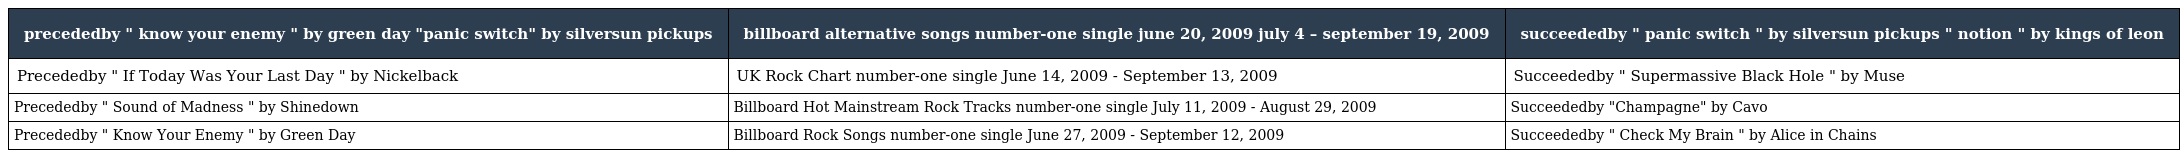
| precededby " know your enemy " by green day "panic switch" by silversun pickups | billboard alternative songs number-one single june 20, 2009 july 4 – september 19, 2009 | succeededby " panic switch " by silversun pickups " notion " by kings of leon |
 | --- | --- | --- |
 | Precededby " If Today Was Your Last Day " by Nickelback | UK Rock Chart number-one single June 14, 2009 - September 13, 2009 | Succeededby " Supermassive Black Hole " by Muse |
 | Precededby " Sound of Madness " by Shinedown | Billboard Hot Mainstream Rock Tracks number-one single July 11, 2009 - August 29, 2009 | Succeededby "Champagne" by Cavo |
 | Precededby " Know Your Enemy " by Green Day | Billboard Rock Songs number-one single June 27, 2009 - September 12, 2009 | Succeededby " Check My Brain " by Alice in Chains |